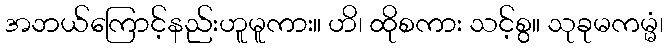
အဘယ်ကြောင့်နည်းဟူမူကား။ ဟိ၊ ထိုစကား သင့်စွ။ သုခုမကမ္မံ၊